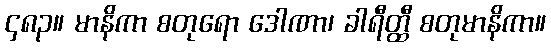
၄၈၃။ မာနိကာ စတုရော ဒေါဏာ၊ ခါရီတ္ထီ စတုမာနိကာ။